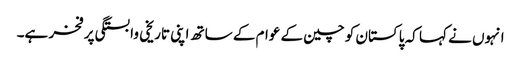
انہوں نے کہا کہ پاکستان کو چین کے عوام کے ساتھ اپنی تاریخی وابستگی پر فخر ہے۔